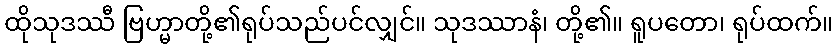
ထိုသုဒဿီ ဗြဟ္မာတို့၏ရုပ်သည်ပင်လျှင်။ သုဒဿာနံ၊ တို့၏။ ရူပတော၊ ရုပ်ထက်။